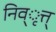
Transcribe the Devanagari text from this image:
निव्ृत्त्